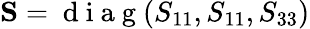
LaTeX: \mathbf{S}=\mathrm{~d~i~a~g~}(S_{11},S_{11},S_{33})